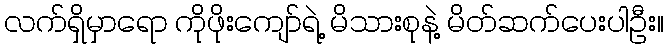
လက်ရှိမှာရော ကိုဖိုးကျော်ရဲ့ မိသားစုနဲ့ မိတ်ဆက်ပေးပါဦး။